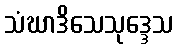
သံဃာဒိသေသုဒ္ဒေသ